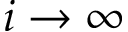
i \to \infty